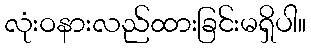
လုံးဝနားလည်ထားခြင်းမရှိပါ။